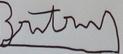
Signature authenticity: forged